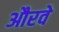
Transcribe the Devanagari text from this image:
औरवे